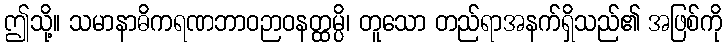
ဤသို့။ သမာနာဓိကရဏဘာဝဉာဝနတ္ထမ္ပိ၊ တူသော တည်ရာအနက်ရှိသည်၏ အဖြစ်ကို